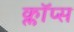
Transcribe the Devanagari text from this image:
क्लॉप्स